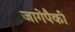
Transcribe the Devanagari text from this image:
जागेपैकी